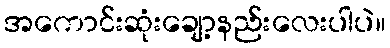
အကောင်းဆုံးချော့နည်းလေးပါပဲ။